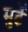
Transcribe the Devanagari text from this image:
मुर्ढे